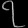
Digit: ၇